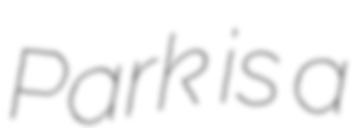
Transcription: Park is a